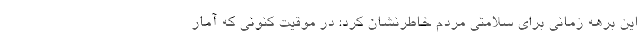
این برهه زمانی برای سلامتی مردم خاطرنشان کرد: در موقیت کنونی که آمار